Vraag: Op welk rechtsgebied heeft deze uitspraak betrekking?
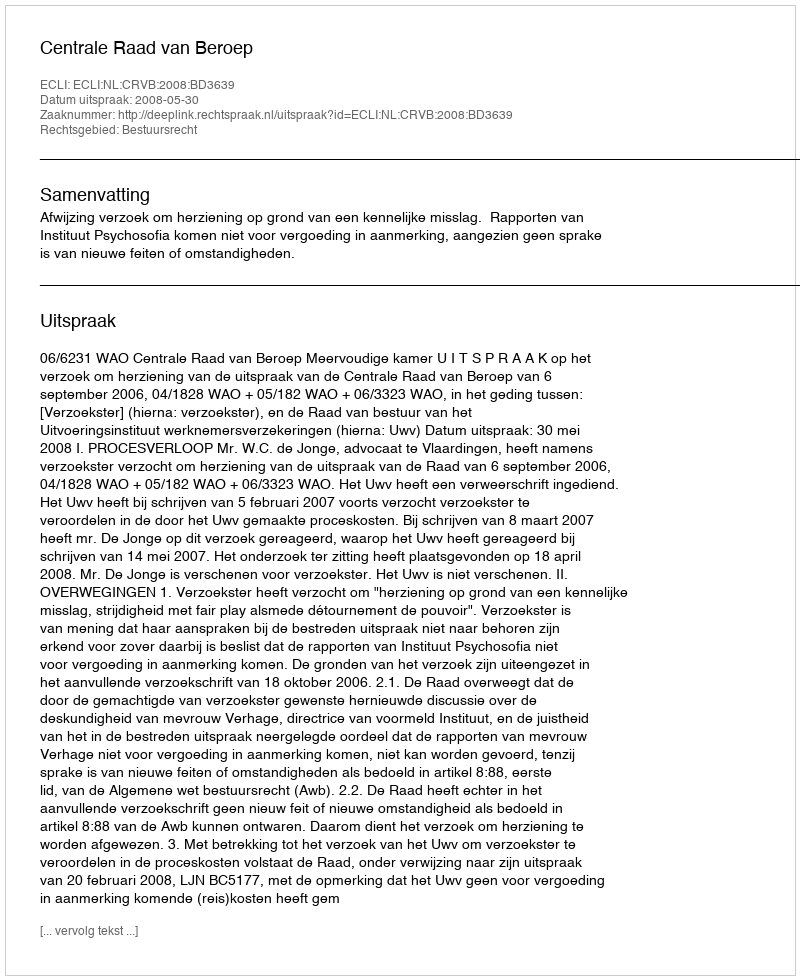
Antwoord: Bestuursrecht